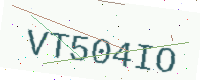
Text: VT504IO